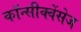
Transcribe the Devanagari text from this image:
कॉन्सीक्वेंसेज